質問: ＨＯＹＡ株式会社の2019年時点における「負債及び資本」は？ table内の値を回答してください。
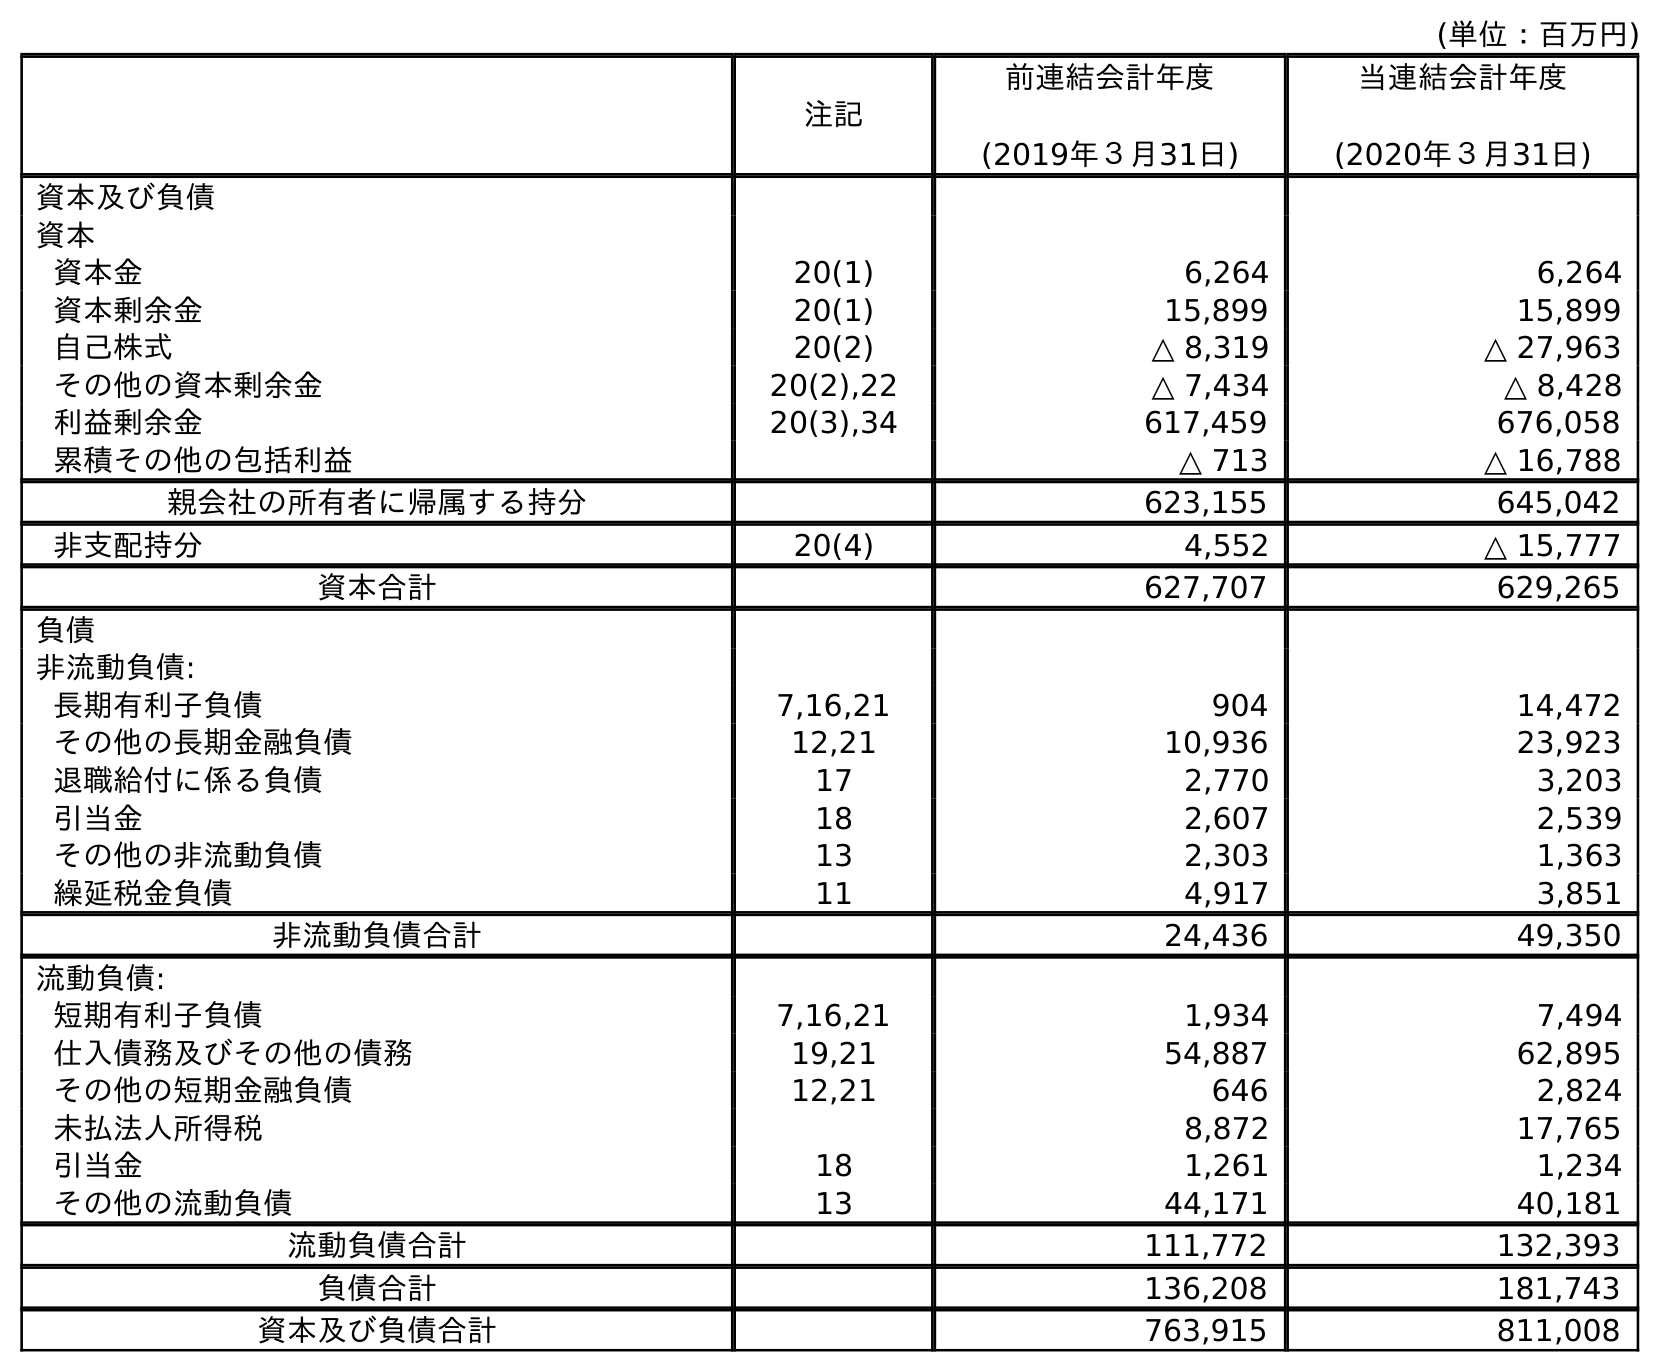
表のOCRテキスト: (単位：百万円) 注記 前連結会計年度 (2019年３月31日) 当連結会計年度 (2020年３月31日) 資本及び負債 資本 資本金 20(1) 6,264 6,264 資本剰余金 20(1) 15,899 15,899 自己株式 20(2) △ 8,319 △ 27,963 その他の資本剰余金 20(2),22 △ 7,434 △ 8,428 利益剰余金 20(3),34 617,459 676,058 累積その他の包括利益 △ 713 △ 16,788 親会社の所有者に帰属する持分 623,155 645,042 非支配持分 20(4) 4,552 △ 15,777 資本合計 627,707 629,265 負債 非流動負債: 長期有利子負債 7,16,21 904 14,472 その他の長期金融負債 12,21 10,936 23,923 退職給付に係る負債 17 2,770 3,203 引当金 18 2,607 2,539 その他の非流動負債 13 2,303 1,363 繰延税金負債 11 4,917 3,851 非流動負債合計 24,436 49,350 流動負債: 短期有利子負債 7,16,21 1,934 7,494 仕入債務及びその他の債務 19,21 54,887 62,895 その他の短期金融負債 12,21 646 2,824 未払法人所得税 8,872 17,765 引当金 18 1,261 1,234 その他の流動負債 13 44,171 40,181 流動負債合計 111,772 132,393 負債合計 136,208 181,743 資本及び負債合計 763,915 811,008
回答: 763,915